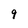
Character: 9